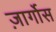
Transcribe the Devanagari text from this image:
ज़ार्गोस